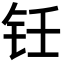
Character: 𬬯